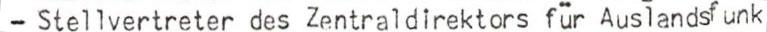
- Stellvertreter des Zentraldirektors für Auslandsfunk